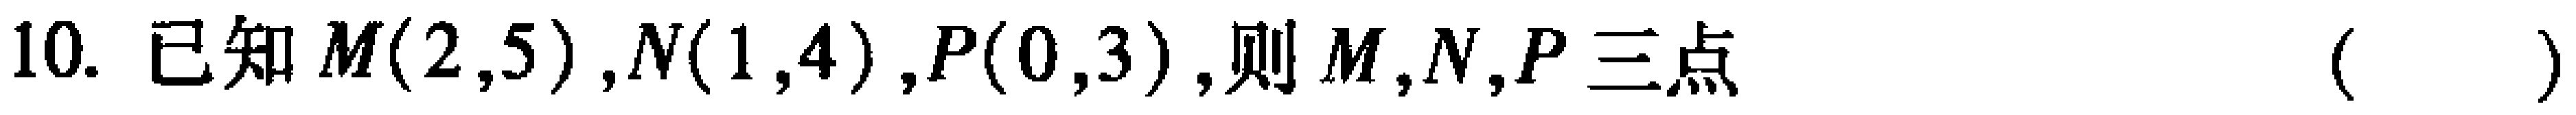
10. 已知$M(2,5),N(1,4),P(0,3)$,则$M,N,P$三点（  ）